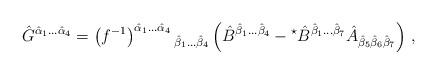
LaTeX: \begin{align*}\hat{G}^{\hat{\alpha}_{1}\ldots\hat{\alpha}_{4}}= \left(f^{-1}\right)^{\hat{\alpha}_{1}\ldots\hat{\alpha}_{4}}{}_{\hat{\beta}_{1}\ldots\hat{\beta}_{4}} \left(\hat{B}^{\hat{\beta}_{1}\ldots\hat{\beta}_{4}} -{}^{\star}\hat{B}^{\hat{\beta}_{1}\ldots\hat{\beta}_{7}}\hat{A}_{\hat{\beta}_{5}\hat{\beta}_{6}\hat{\beta}_{7}}\right)\, ,\end{align*}